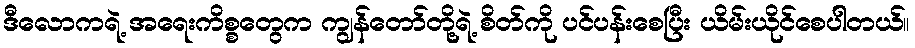
ဒီလောကရဲ့ အရေးကိစ္စတွေက ကျွန်တော်တို့ရဲ့ စိတ်ကို ပင်ပန်းစေပြီး ယိမ်းယိုင်စေပါတယ်။